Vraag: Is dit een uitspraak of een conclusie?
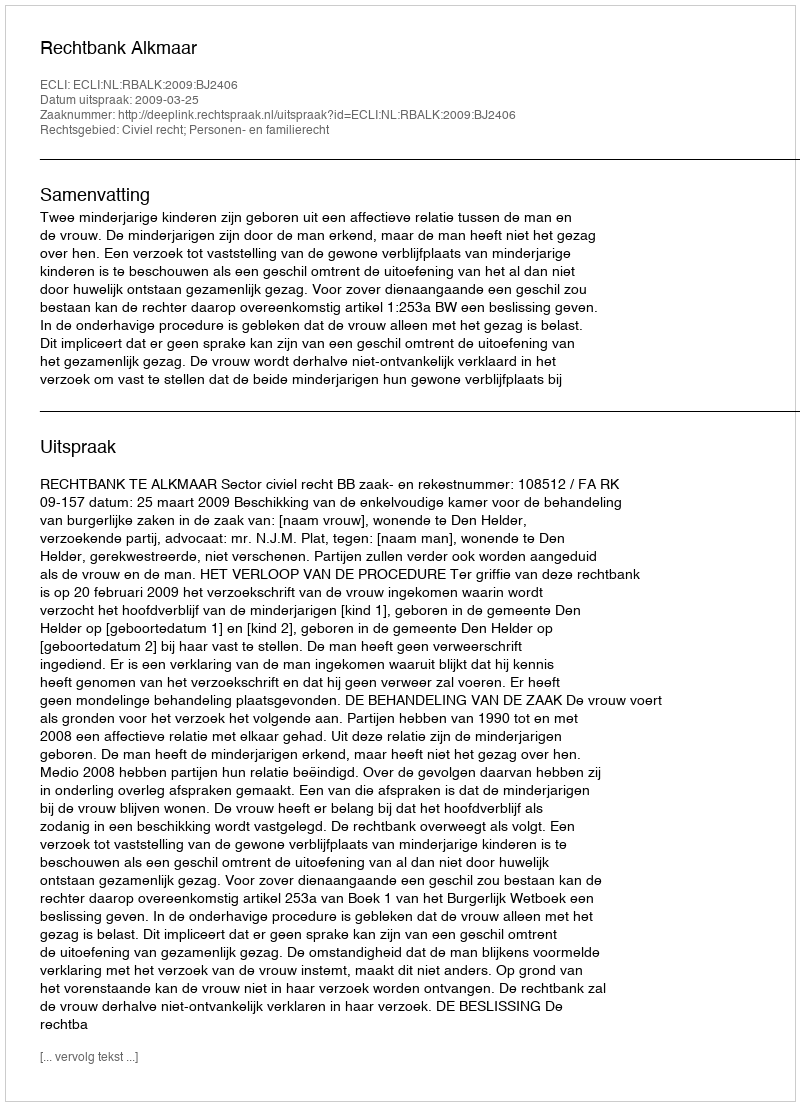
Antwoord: Uitspraak